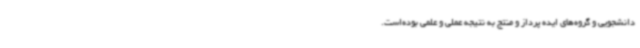
دانشجویی و گرو‌ه‌های ایده پرداز و منتج به نتیجه عملی و علمی بوده‌است.